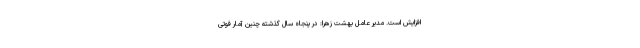
افزایش است. مدیر عامل بهشت زهرا: در پنجاه سال گذشته چنین آمار فوتی